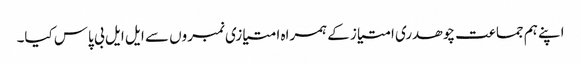
اپنے ہم جماعت چوھدری امتیاز کے ہمراه امتیازی نمبروں سے ایل ایل بی پاس کیا۔